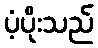
ပံ့ပိုးသည်